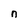
Character: n